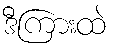
ဒီကြားထဲ